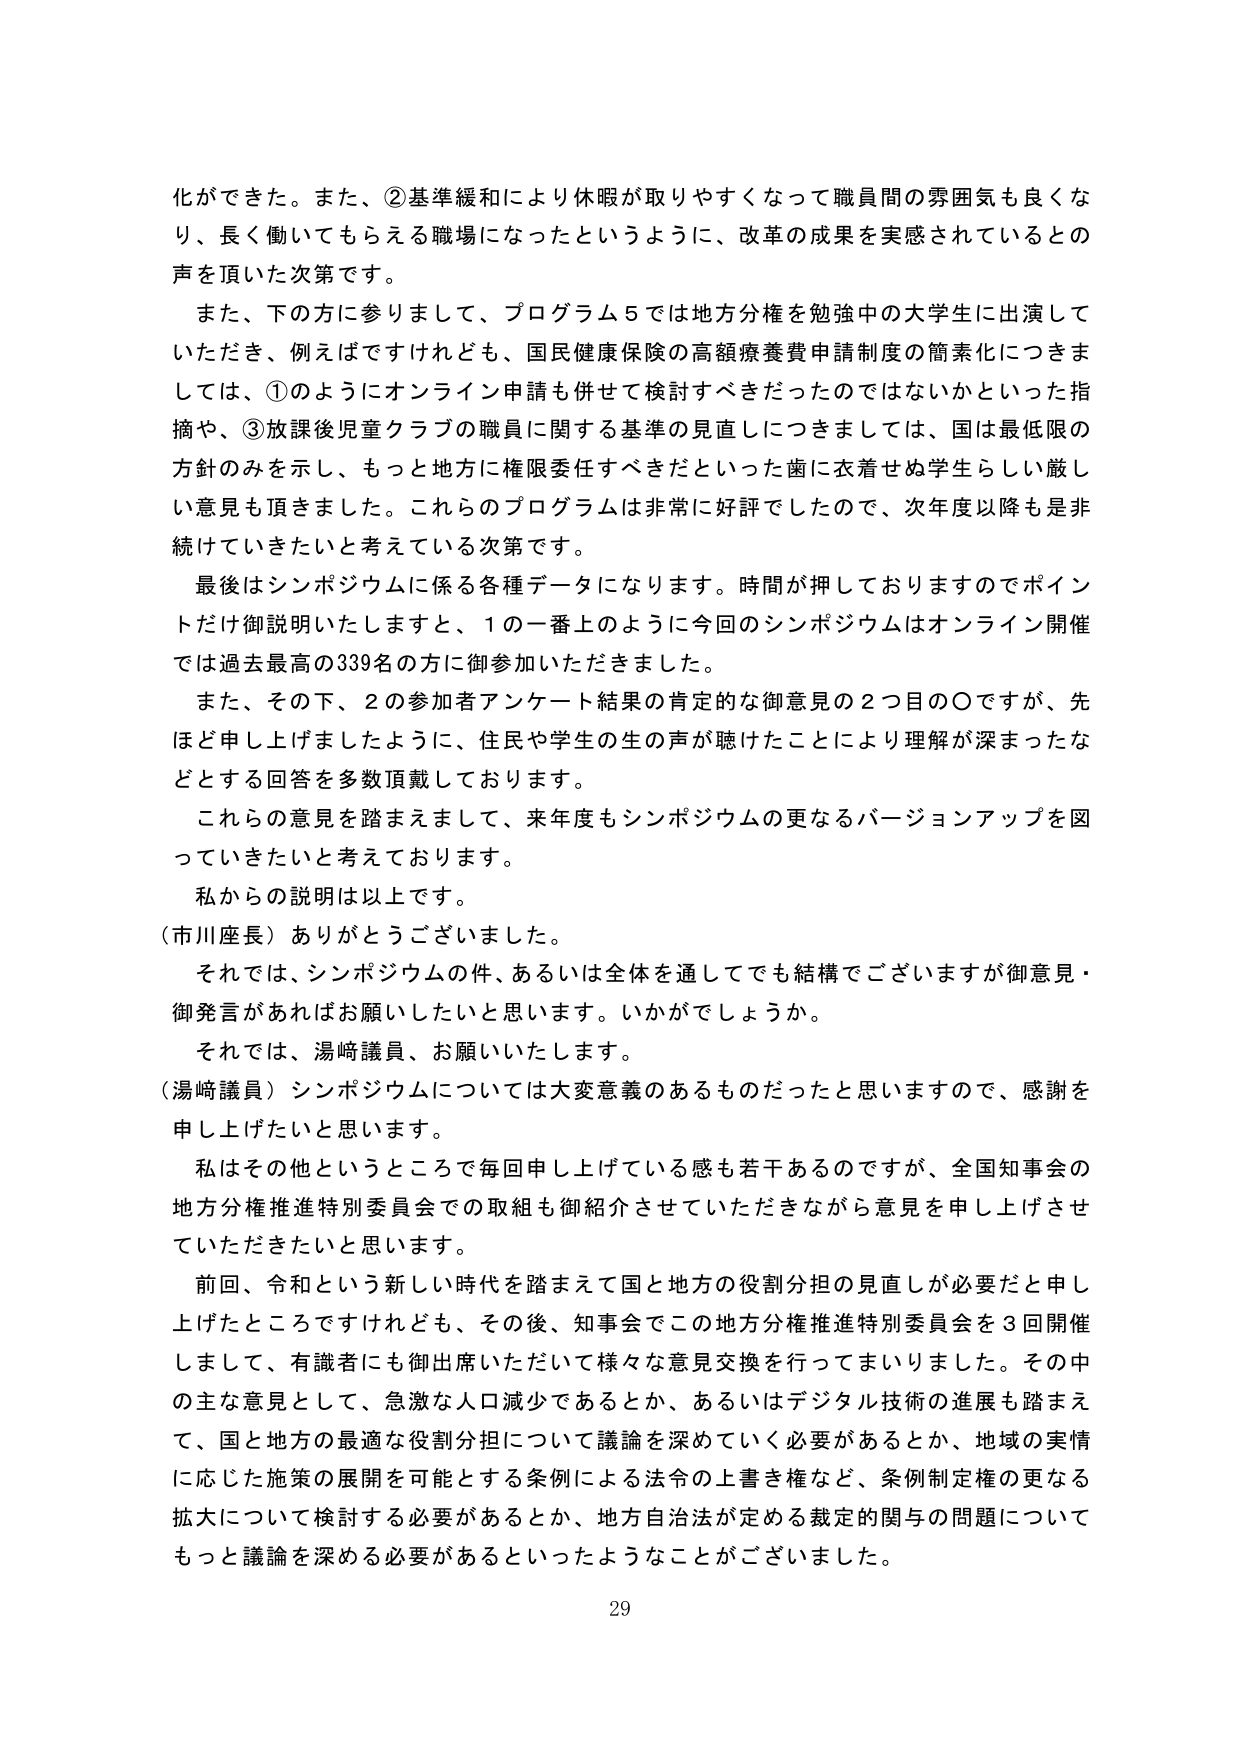
化ができた。また、②基準緩和により休暇が取りやすくなって職員間の雰囲気も良くなり、長く働いてもらえる職場になったというように、改革の成果を実感されているとの声を頂いた次第です。

また、下の方に参りまして、プログラム５では地方分権を勉強中の大学生に出演していただき、例えばですけれども、国民健康保険の高額療養費申請制度の簡素化につきましては、①のようにオンライン申請も併せて検討すべきだったのではないかといった指摘や、③放課後児童クラブの職員に関する基準の見直しにつきましては、国は最低限の方針のみを示し、もっと地方に権限委任すべきだといった歯に衣着せぬ学生らしい厳しい意見も頂きました。これら のプログラムは非常に好評でしたので、次年度以降も是非続けていきたいと考えている次第です。

最後はシンポジウムに係る各種データになります。時間が押しておりますのでポイントだけ御説明いたしますと、１の一番上のように今回のシンポジウムはオンライン開催では過去最高の339名の方に御参加いただきました。

また、その下、２の参加者アンケート結果の肯定的な御意見の２つ目の〇ですが、先ほど申し上げましたように、住民や学生の生の声が聴けたことにより理解が深まったなどとする回答を多数頂戴しております。

これらの意見を踏まえまして、来年度もシンポジウムの更なるバージョンアップを図っていきたいと考えております。

私からの説明は以上です。

（市川座長）ありがとうございました。

それでは、シンポジウムの件、あるいは全体を通しても結構でございますが御意見・御発言があればお願いしたいと思います。いかがでしょうか。

それでは、湯崎議員、お願いいたします。

（湯崎議員）シンポジウムについては大変意義のあるものだったと思いますので、感謝を申し上げたいと思います。

私はその他というところで毎回申し上げている感も若干あるのですが、全国知事会の地方分権推進特別委員会での取組も御紹介させていただきながら意見を申し上げさせていただきたいと思います。

前回、令和という新しい時代を踏まえて国と地方の役割分担の見直しが必要だと申し上げたところですけれども、その後、知事会でこの地方分権推進特別委員会を３回開催しまして、有識者にも御出席いただいて様々な意見交換を行ってまいりました。その中の主な意見として、急激な人口減少であるとか、あるいはデジタル技術の進展も踏まえて、国と地方の最適な役割分担について議論を深めていく必要があるとか、地域の実情に応じた施策の展開を可能とする条例による法令の上書き権など、条例制定権の更なる拡大について検討する必要があるとか、地方自治法が定める裁定の関与の問題についてもっと議論を深める必要があるといったようなことがございました。

29